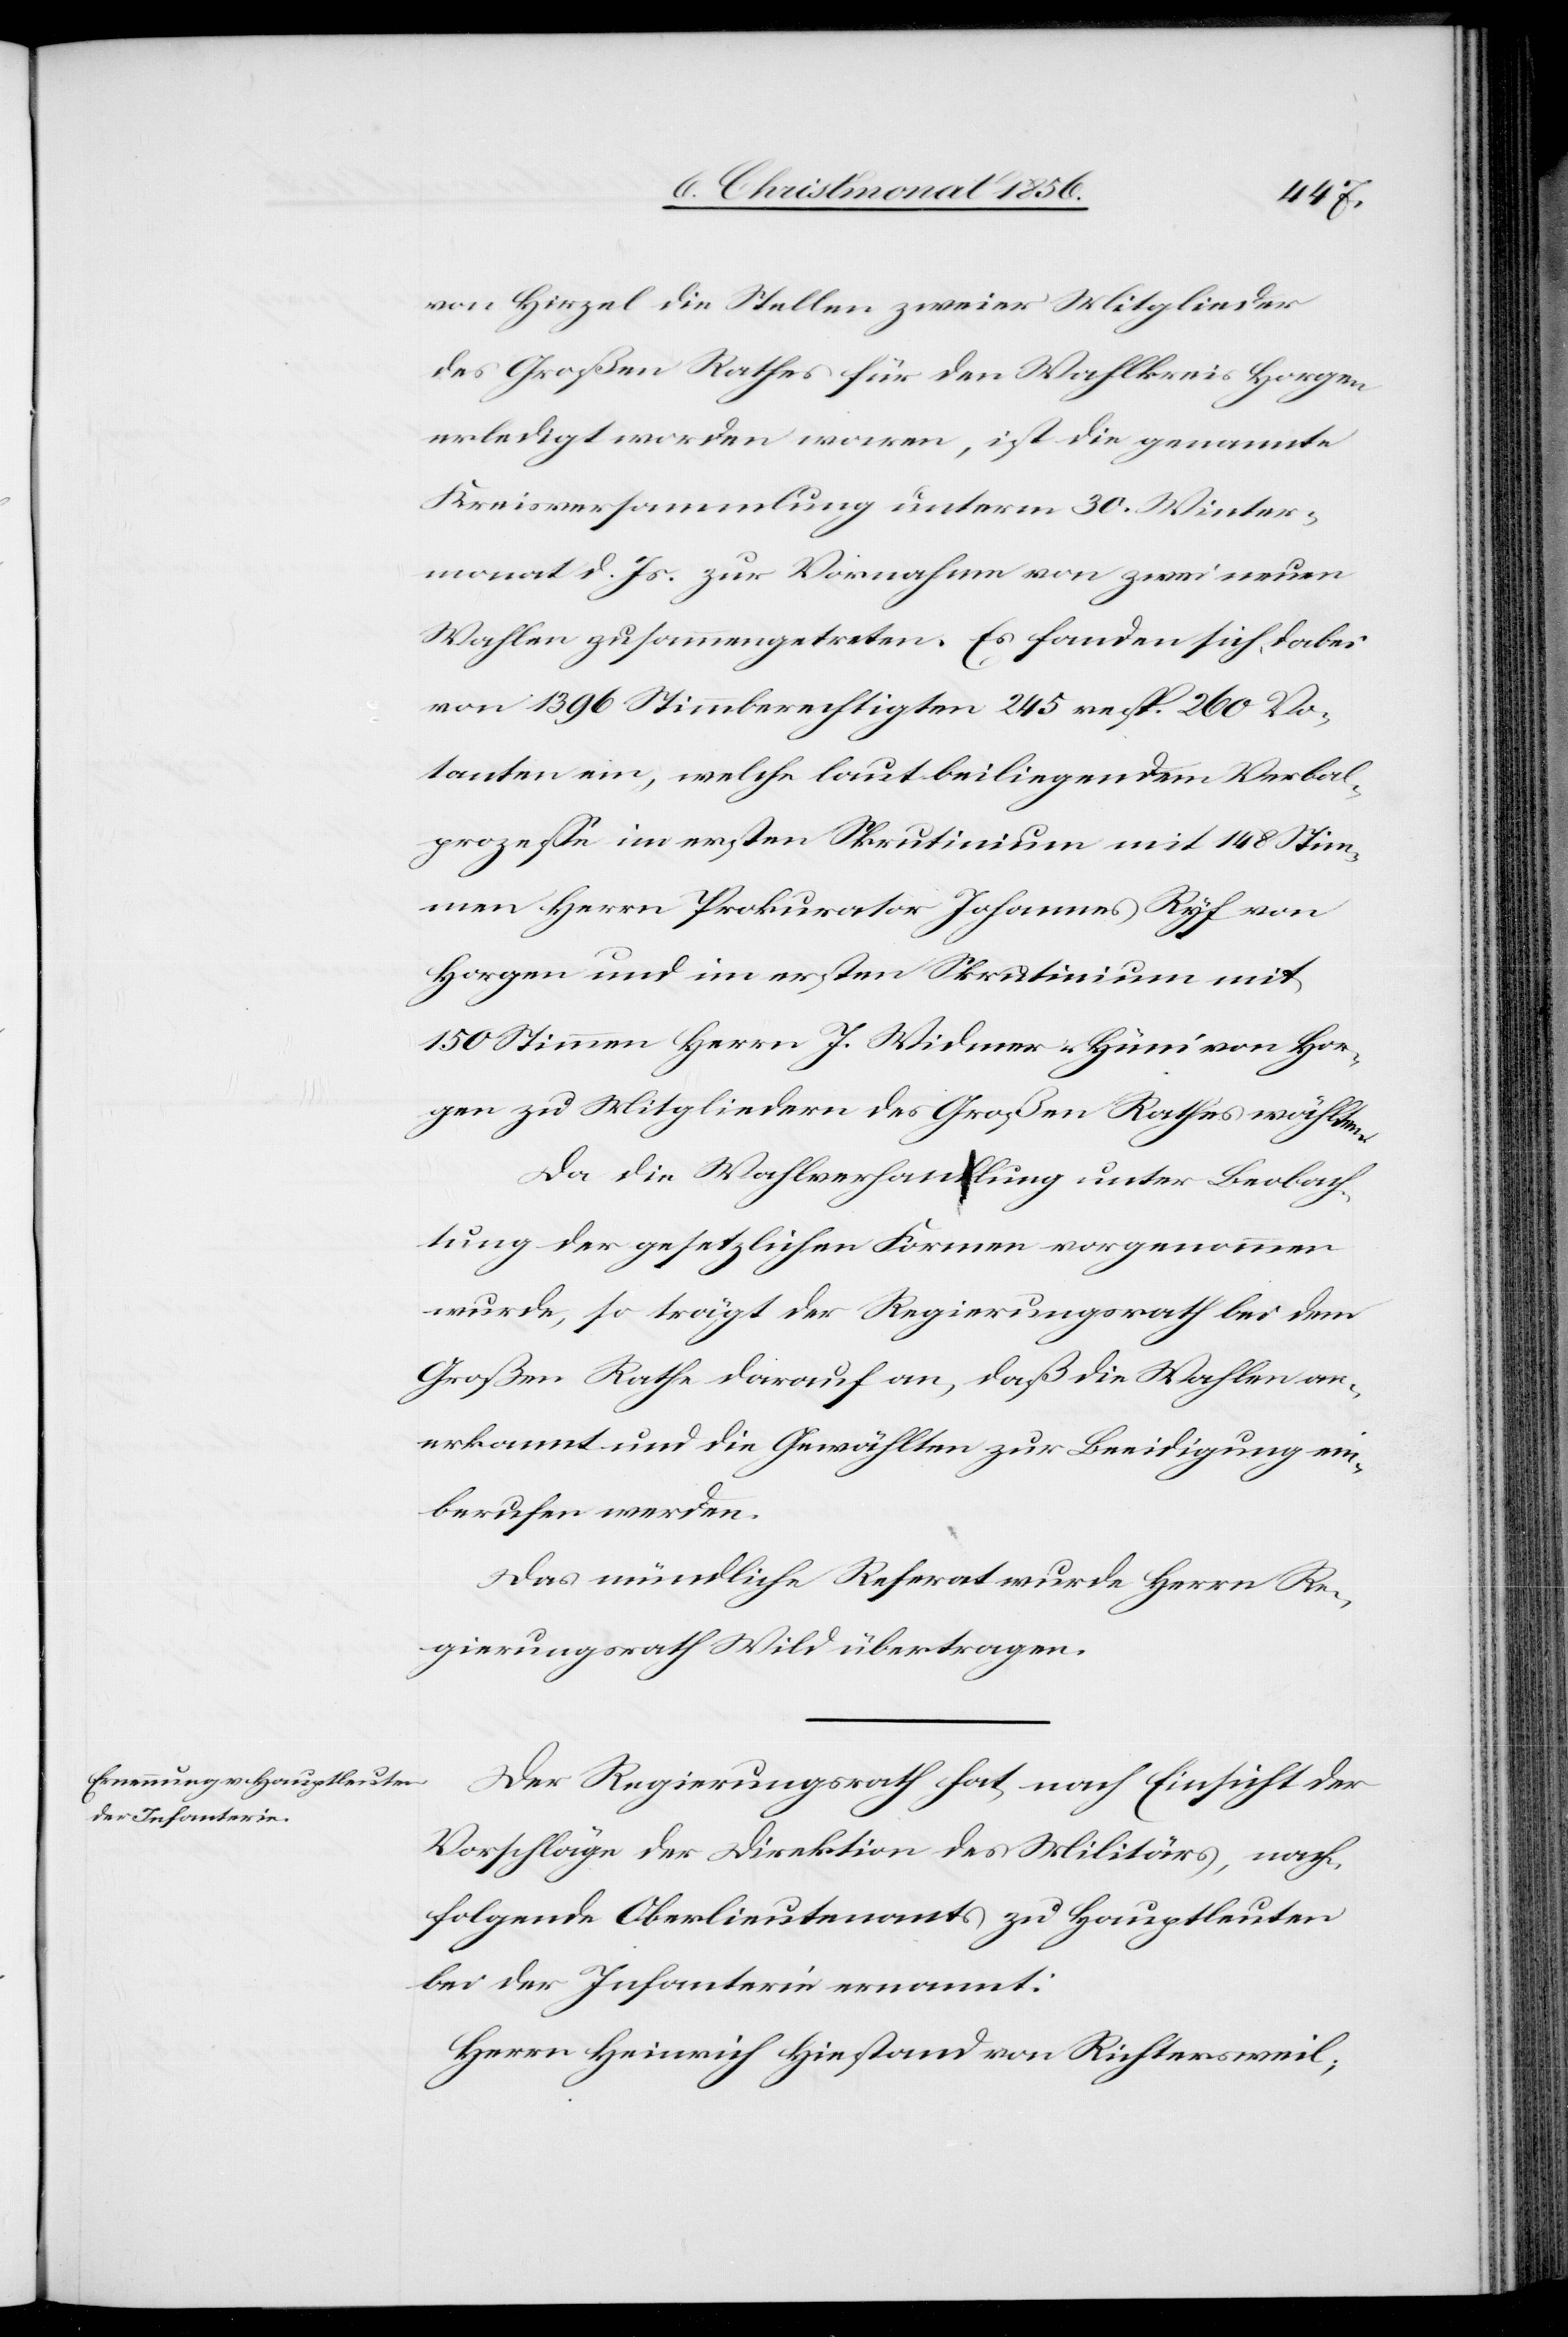
von Hirzel die Stellen zweier Mitglieder
des Großen Rathes für den Wahlkreis Horgen
erledigt worden waren, ist die genannte
Kreisversammlung unterm 30. Winter¬
monat d. Js. zur Vornahme von zwei neuen
Wahlen zusammengetreten. Es fanden sich dabei
von 1396 Stimmberechtigten 245 resp. 260 Vo¬
tanten ein, welche laut beiliegendem Verbal¬
prozesse im ersten Skrutinium mit 148 Stim¬
men Herrn Prokurator Johannes Ryf von
Horgen und im ersten Skrutinium mit
150 Stimmen Herrn J. Widmer-Hüni von Hor¬
gen zu Mitgliedern des Großen Rathes wählten.
Da die Wahlverhandlung unter Beobach¬
tung der gesetzlichen Formen vorgenommen
wurde, so trägt der Regierungsrath bei dem
Großen Rathe darauf an, daß die Wahlen an¬
erkannt und die Gewählten zur Beeidigung ein¬
berufen werden.
Das mündliche Referat wurde Herrn Re¬
gierungsrath Wild übertragen.
Der Regierungsrath hat, nach Einsicht der
Vorschläge der Direktion des Militärs, nach¬
folgende Oberlieutenants zu Hauptleuten
bei der Infanterie ernannt:
Herrn Heinrich Hiestand von Richtersweil;